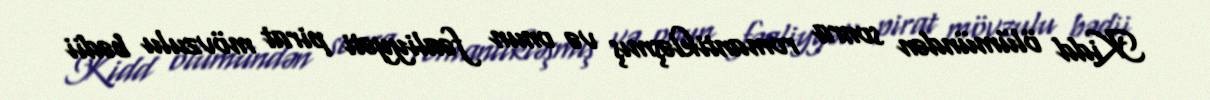
Kidd ölümündən sonra romantikləşmış və onun fəaliyyəti pirat mövzulu bədii